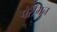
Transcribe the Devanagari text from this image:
पेरेगिन